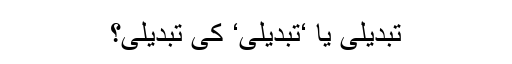
تبدیلی یا ‘تبدیلی‘ کی تبدیلی؟